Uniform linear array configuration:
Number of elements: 48
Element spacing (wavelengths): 1
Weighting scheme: uniform
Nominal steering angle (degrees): -45
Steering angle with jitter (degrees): -45.649
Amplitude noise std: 0.05
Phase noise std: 0.05

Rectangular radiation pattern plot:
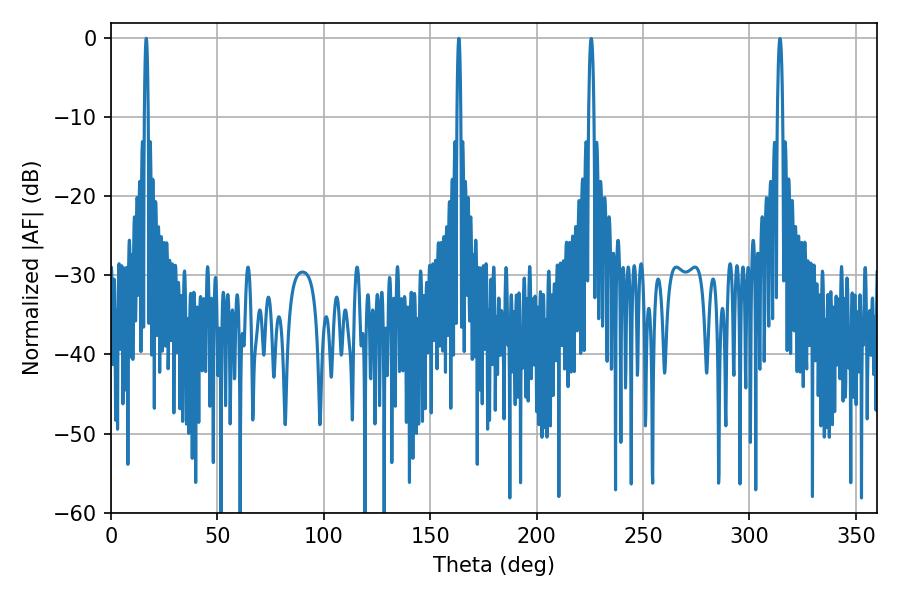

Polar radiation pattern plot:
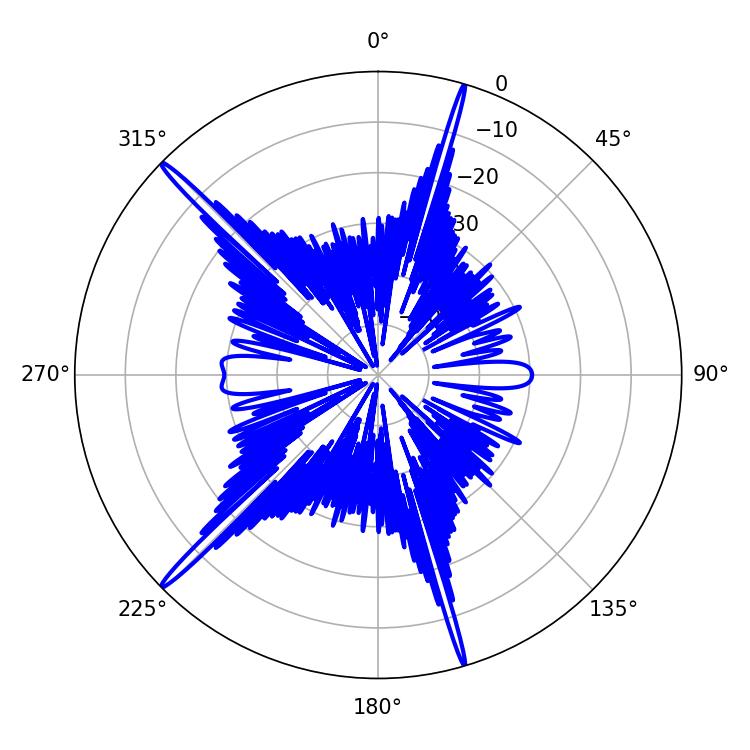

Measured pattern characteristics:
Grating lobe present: TRUE
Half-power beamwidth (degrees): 1.08
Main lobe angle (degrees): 16.56